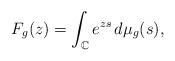
LaTeX: \begin{gather*}F_g(z)= \int_{\mathbb{C}} e^{zs} \,d \mu_g(s), \end{gather*}